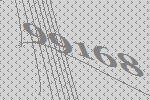
99168